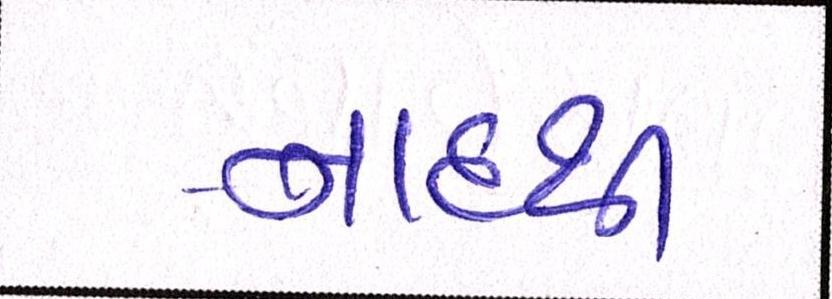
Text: નાદથી